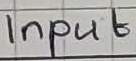
Text: Input